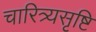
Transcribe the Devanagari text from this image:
चारित्र्यसृष्टि